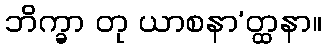
ဘိက္ခာ တု ယာစနာ’တ္ထနာ။